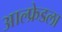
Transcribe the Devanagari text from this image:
आल्फ्रेडला